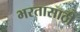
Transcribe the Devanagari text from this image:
भरतासाठी